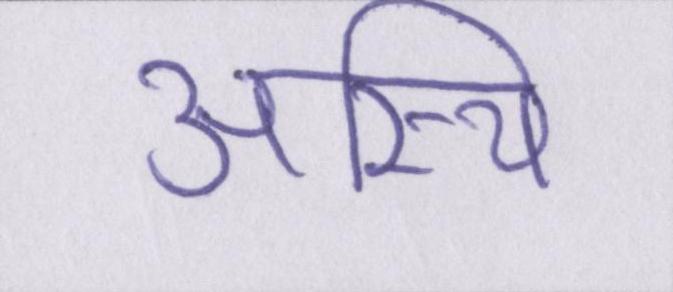
अस्थि